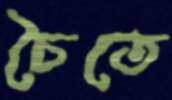
চৈতে